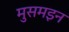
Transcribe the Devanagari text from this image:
मुसमइन